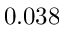
0 . 0 3 8